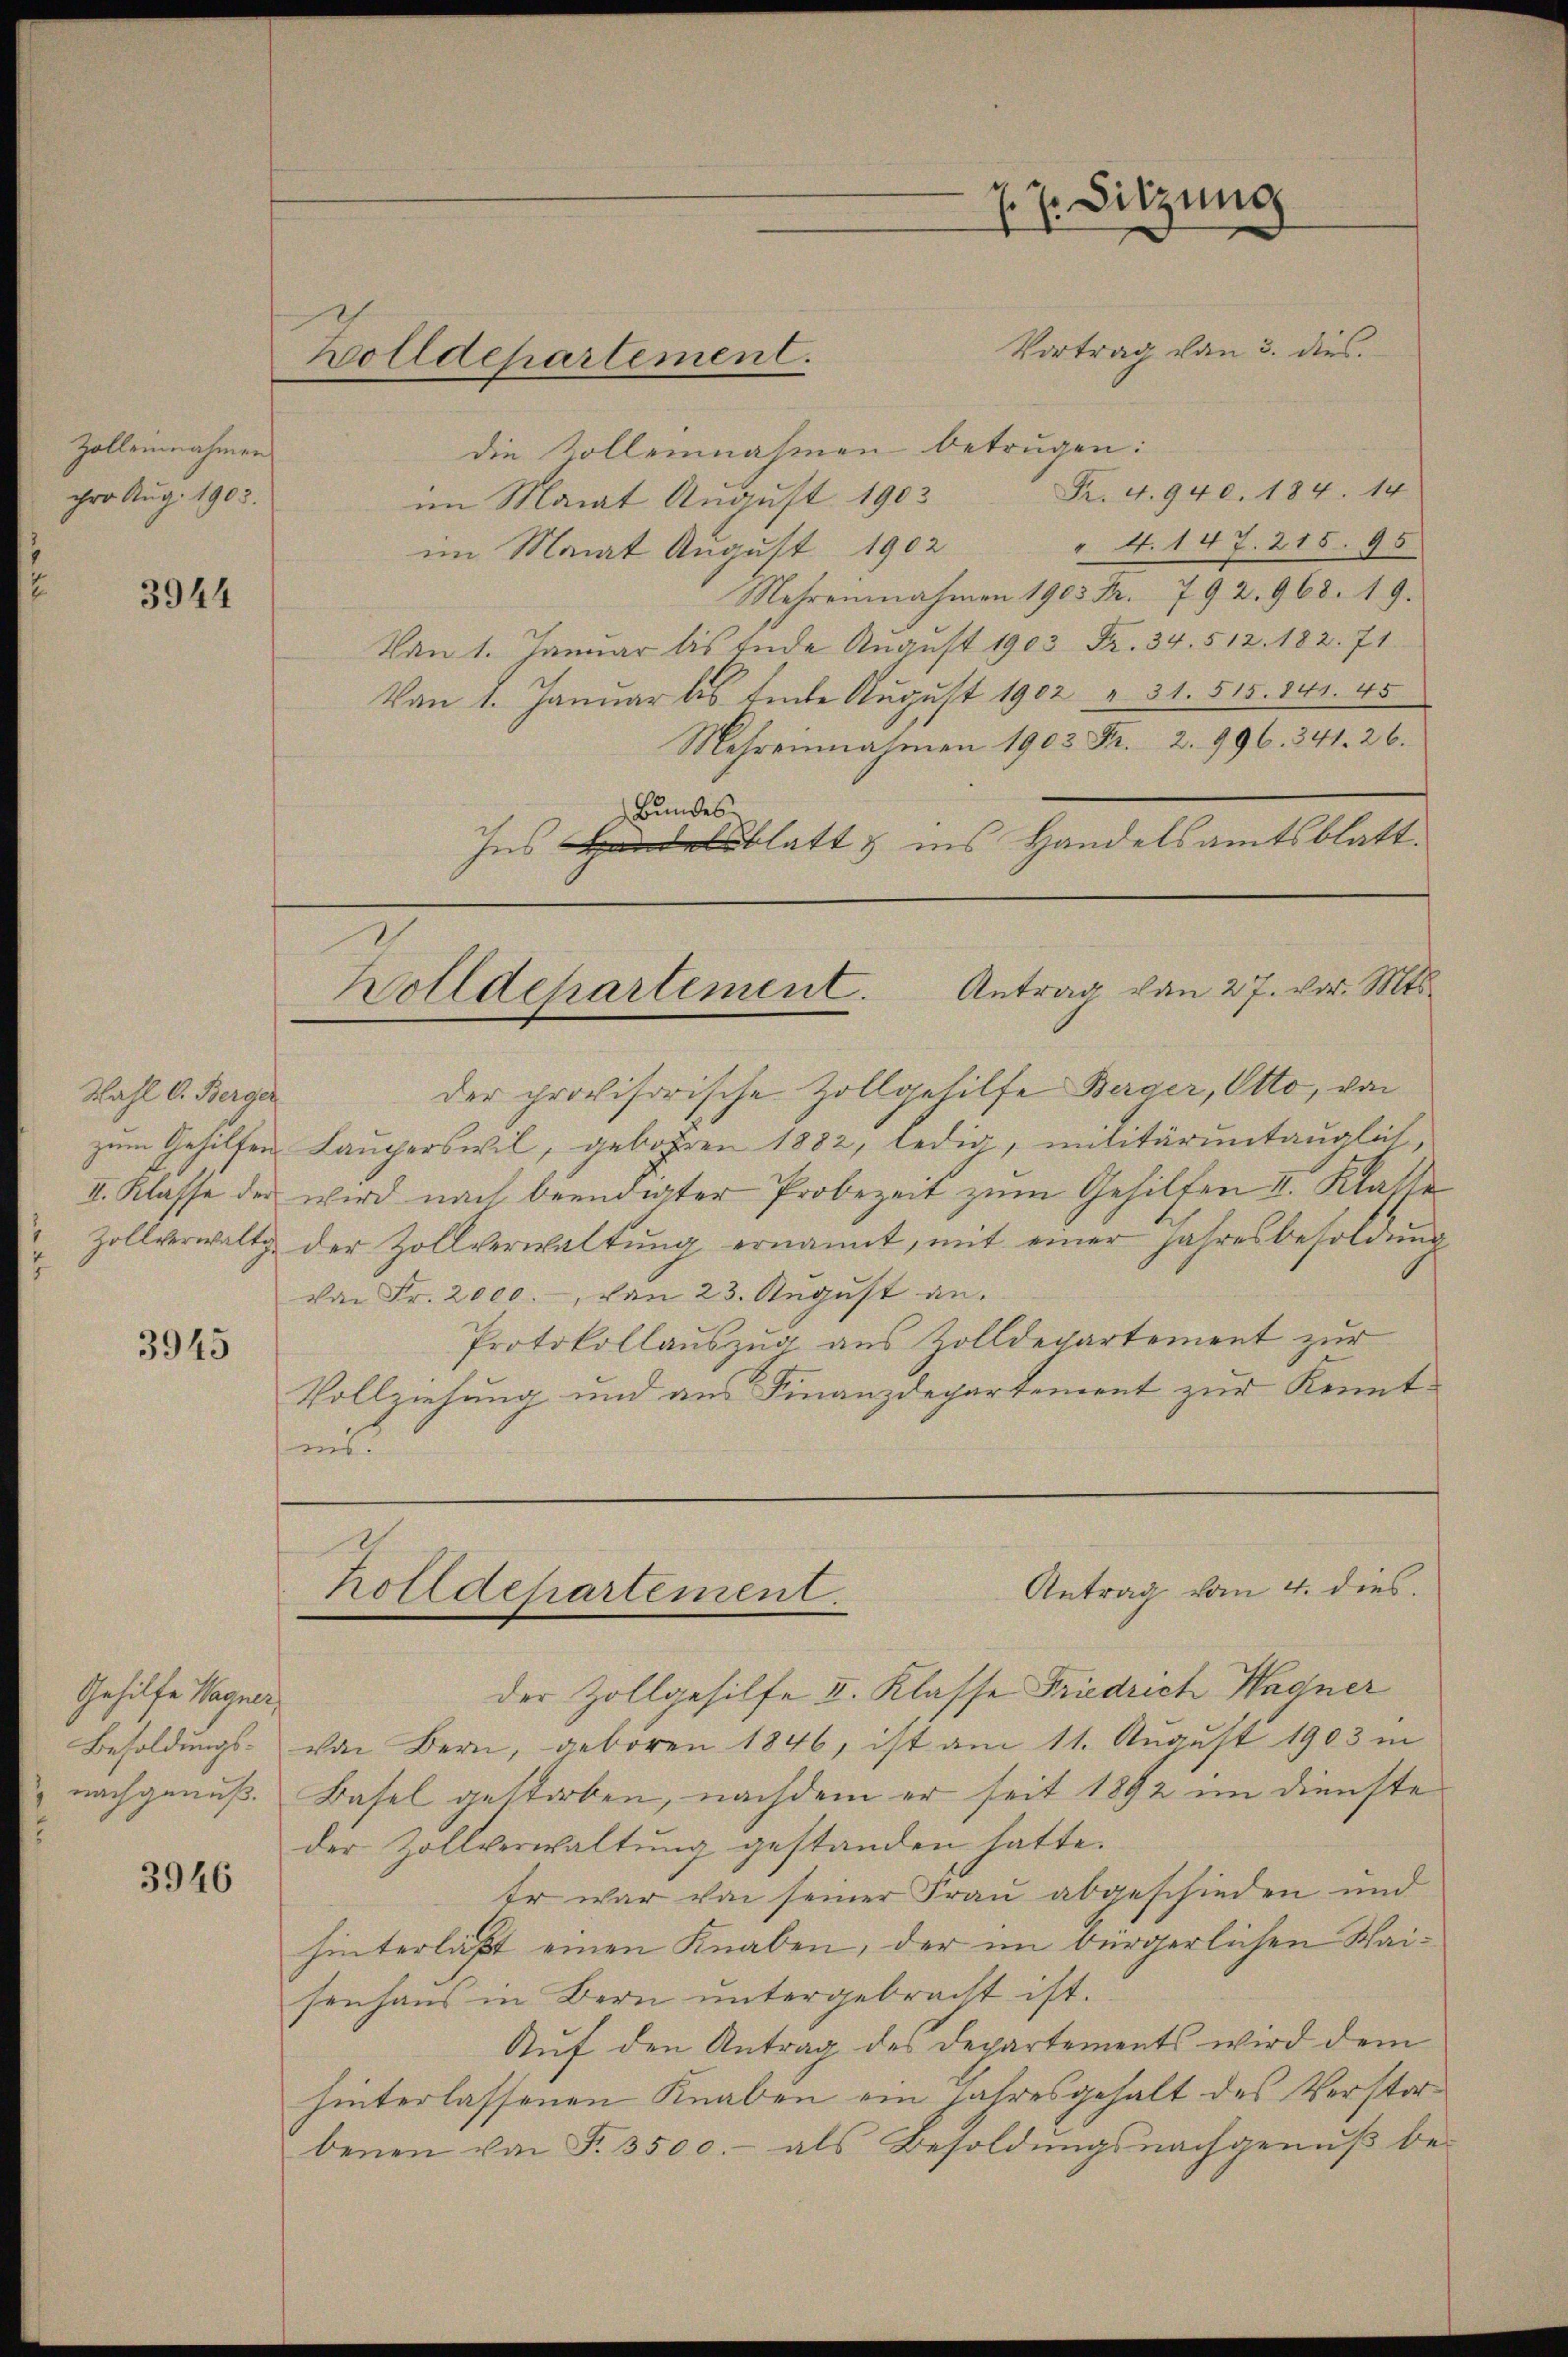
Zolleinnahmen
ihre Aug. 1903.

3944

Wahl V. Berger
Zollverwaltg

3945

Gehilfe Wagner,
Besoldungsnachgenuß.

3946

Zolldepartement.

Vortrag von 3. dies
die Volleinnahmen betrugen:
R. 4. 940. 184. 14
im Manat August 1903
" 4. 147. 215. 95
im Monat August 1902
Mehreinnahmen 1905 Fr. 792. 968. 19.
Von 1. Januar bis Ende August 1903 Fr. 34. 512. 182. 71
Von 1. Januar les finde August 1902 u. 31. 515. 341. 45
Mehreinnahmen 1902 Fr. 2. 996. 341. 26.
Bundes
Insblatt ins Handelsamtsblatt.
Wolldepartement. Antrag von 27. vor. Mts.
der provisorische Zollgehilfe Berger, Otto, von
zum Gehilfen Lauperswil, gebohren 1882, ledig, militäruntauglich,
II. Klasse der wird nach beendigter Probezeit zum Gehilfen I. Klasse
der Zollverwaltung ernannt, mit einer Jahresbesoldung
von Fr. 2000.-, von 23. Aŭgŭst an.
Protokollauszug aus Zolldepartement zur
Vollziehung und aus Finanzdepartement zur Kenntins.

7 J. Sitzung
.

der Zollgehilfe I. Klasse Friedrich Wagner
von Bern, geboren 1846, ist am 11. Aŭgŭst 1903 in
Basel gestorben, nachdem er seit 1892 im Dienste
der Zollverwaltung gestanden hatte.
Er war von seiner Frau abgeschieden und
hinterläßt einen Knaben, der im bürgerlichen Waisenhaŭs in Bern ŭntergebracht ist.
Auf den Antrag des Departements wird dem
hinterlassenen Knaben ein Jahresgehalt des Verstorbenen von F. 3500.- als Besoldŭngsnachgenŭβ be-

Antrag vom 4. dies
holldepartement.